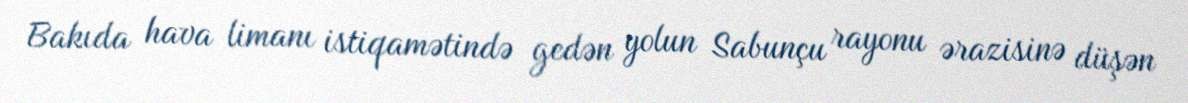
Bakıda hava limanı istiqamətində gedən yolun Sabunçu rayonu ərazisinə düşən